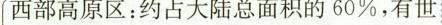
西部高原区：约占大陆总面积的60%，有世